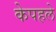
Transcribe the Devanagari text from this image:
केपहले